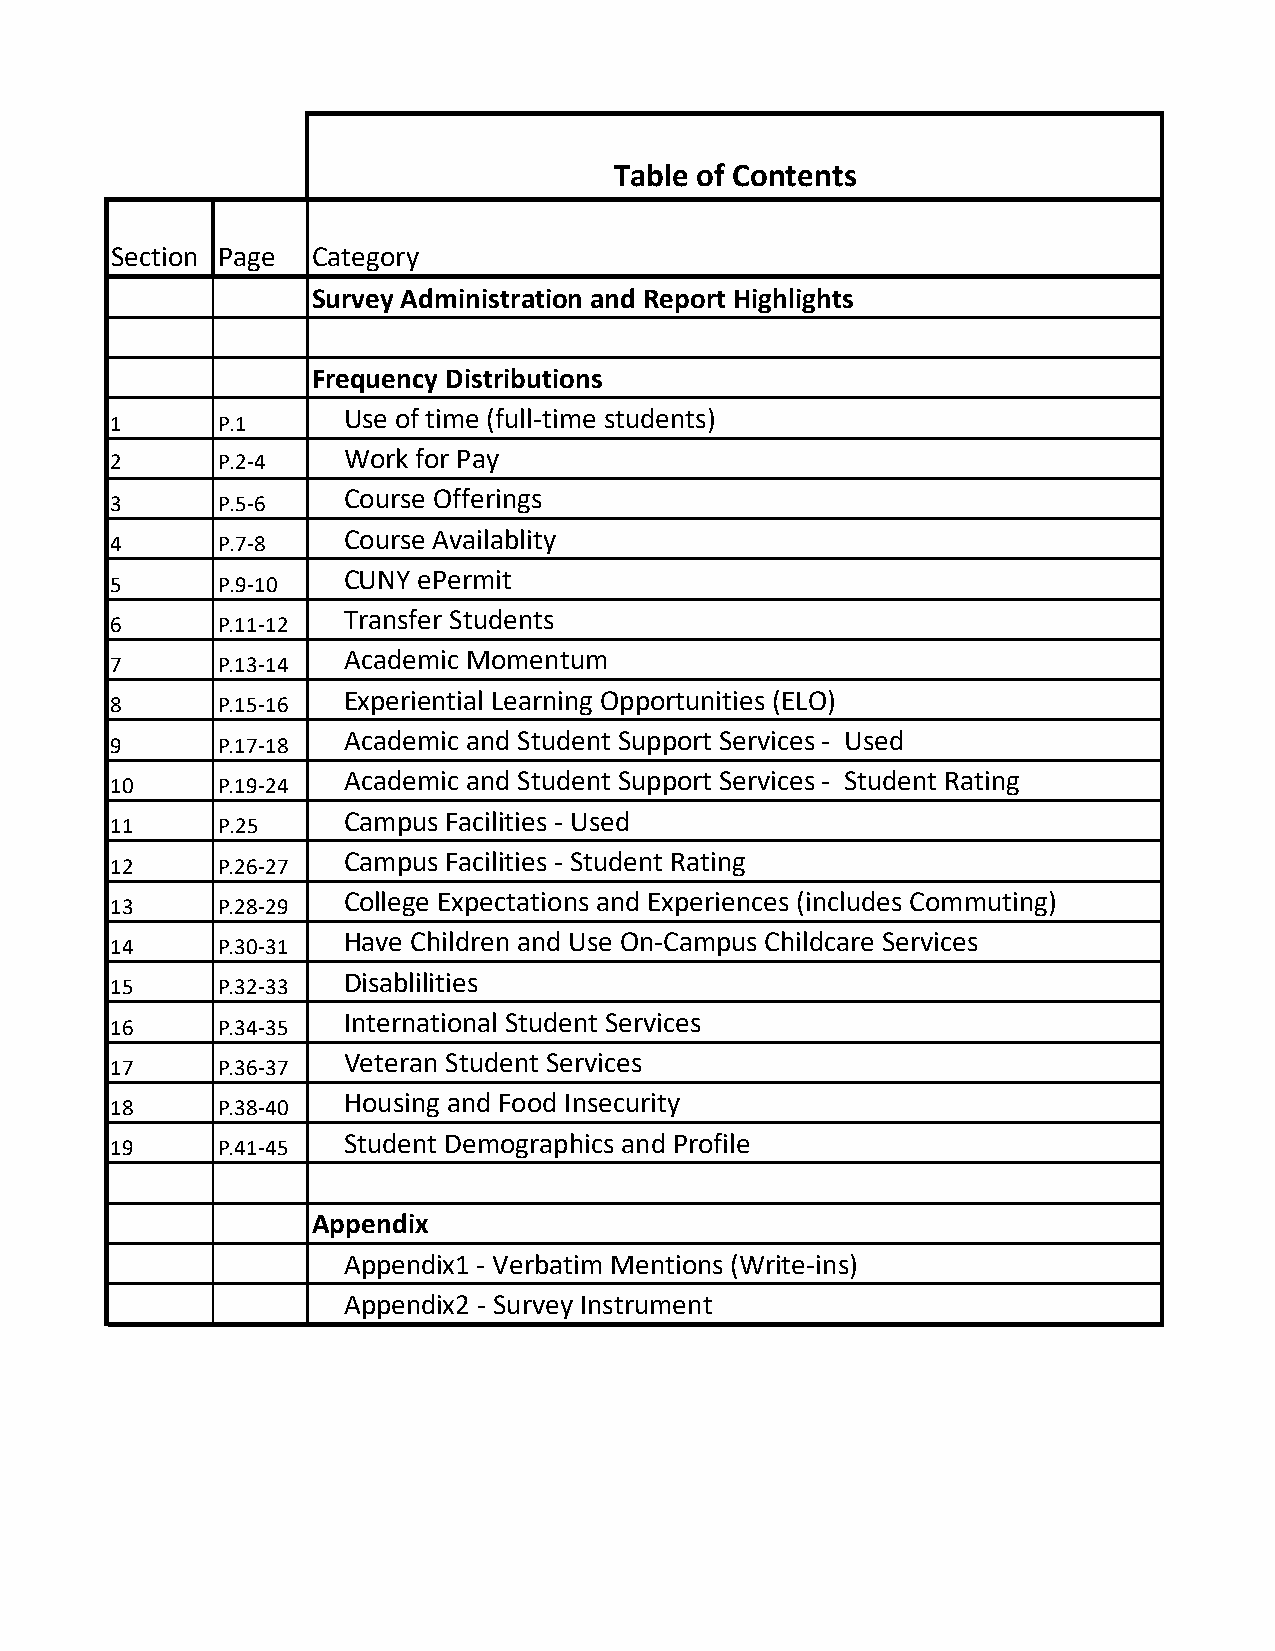
Table of Contents
 Section Page  Category
 Survey Administration and Report Highlights
 Frequency Distributions
 Use of time (full‐time students)
 1      P.1
 2      P.2‐4    Work for Pay
 Course Offerings
 3      P.5‐6
 Course Availablity
 4      P.7‐8
 CUNY ePermit
 5      P.9‐10
 Transfer Students
 6      P.11‐12
 Academic Momentum
 7      P.13‐14
 Experiential Learning Opportunities (ELO)
 8      P.15‐16
 Academic and Student Support Services ‐ Used
 9      P.17‐18
 Academic and Student Support Services ‐ Student Rating
 10     P.19‐24
 Campus Facilities ‐ Used
 11     P.25
 Campus Facilities ‐ Student Rating
 12     P.26‐27
 College Expectations and Experiences (includes Commuting)
 13     P.28‐29
 Have Children and Use On‐Campus Childcare Services
 14     P.30‐31
 Disablilities
 15     P.32‐33
 International Student Services
 16     P.34‐35
 Veteran Student Services
 17     P.36‐37
 Housing and Food Insecurity
 18     P.38‐40
 Student Demographics and Profile
 19     P.41‐45
 Appendix
 Appendix1 ‐ Verbatim Mentions (Write‐ins)
 Appendix2 ‐ Survey Instrument